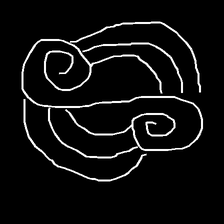
Glyph: wind-underfoot